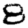
Digit: 8